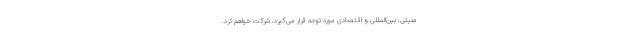
منیتی، بین‌المللی و اقتصادی مورد توجه قرار می‌گیرد، شرکت خواهم کرد.